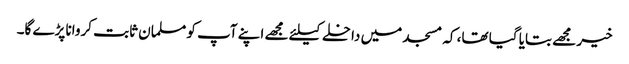
خیر مجھے بتایا گیا تھا، کہ مسجد میں داخلے کیلئے مجھے اپنے آپ کو مسلمان ثابت کروانا پڑے گا۔